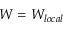
W = W _ { l o c a l }